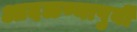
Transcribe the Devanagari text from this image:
आदळण्यापुर्वी